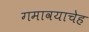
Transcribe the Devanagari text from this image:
गमावयाचेह